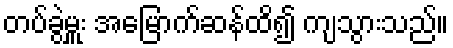
တပ်ခွဲမှူး အမြောက်ဆန်ထိ၍ ကျသွားသည်။